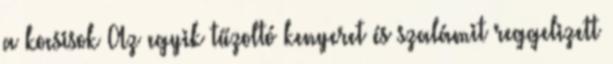
a kocsisok Az egyik tűzoltó kenyeret és szalámit reggelizett